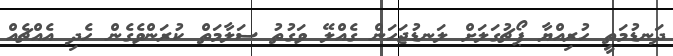
ދަނޑުމަތީ ހުރިއްޔާ ޕޯޗުގަލަށް ލަނޑުޖަހަން ގެއްލޭ ވަގުތު ސަލާމަތް ކުރަންވެގެން ހެދި އެއްޗެއް